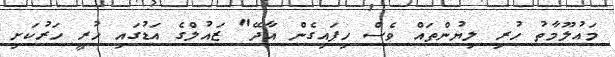
މައުލޫމާތު ހުރި ލިޔުންތައް ވެސް ހިފައިގެން އާދޭ" ޒައުލްގެ އަޑުގައި ހުރީ ހަރުކަށި